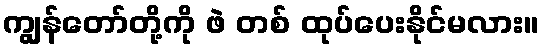
ကျွန်တော်တို့ကို ဖဲ တစ် ထုပ်ပေးနိုင်မလား။